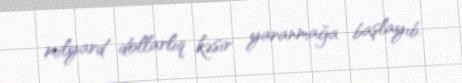
milyard dollarlıq kəsir yaranmağa başlayıb.